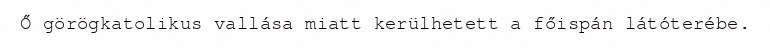
Ő görögkatolikus vallása miatt kerülhetett a főispán látóterébe.